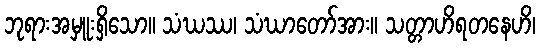
ဘုရားအမှူးရှိသော။ သံဃဿ၊ သံဃာတော်အား။ သတ္တာဟိရတနေဟိ၊